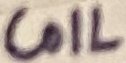
Text: COIL